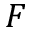
F